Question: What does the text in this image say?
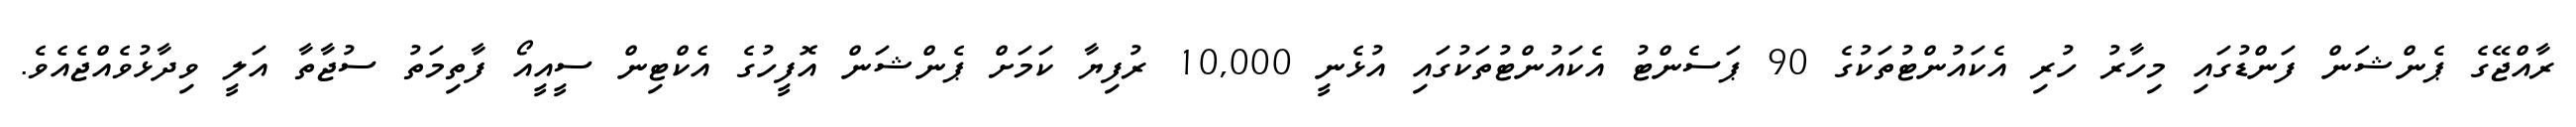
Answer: ރާއްޖޭގެ ޕެންޝަން ފަންޑުގައި މިހާރު ހުރި އެކައުންޓުތަކުގެ 90 ޕަސެންޓު އެކައުންޓުތަކުގައި އުޅެނީ 10,000 ރުފިޔާ ކަމަށް ޕެންޝަން އޮފީހުގެ އެކްޓިން ސީއީއޯ ފާތިމަތު ސުޖާތާ އަލީ ވިދާޅުވެއްޖެއެވެ.